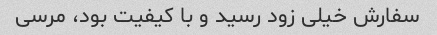
سفارش خیلی زود رسید و با کیفیت بود، مرسی